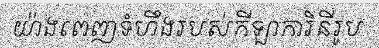
យ៉ាងពេញទំហឹងរបស់កីឡាការិនីរូប